Leaving Certificate Examination (including Day School Certificate (Higher) General paper), 1929
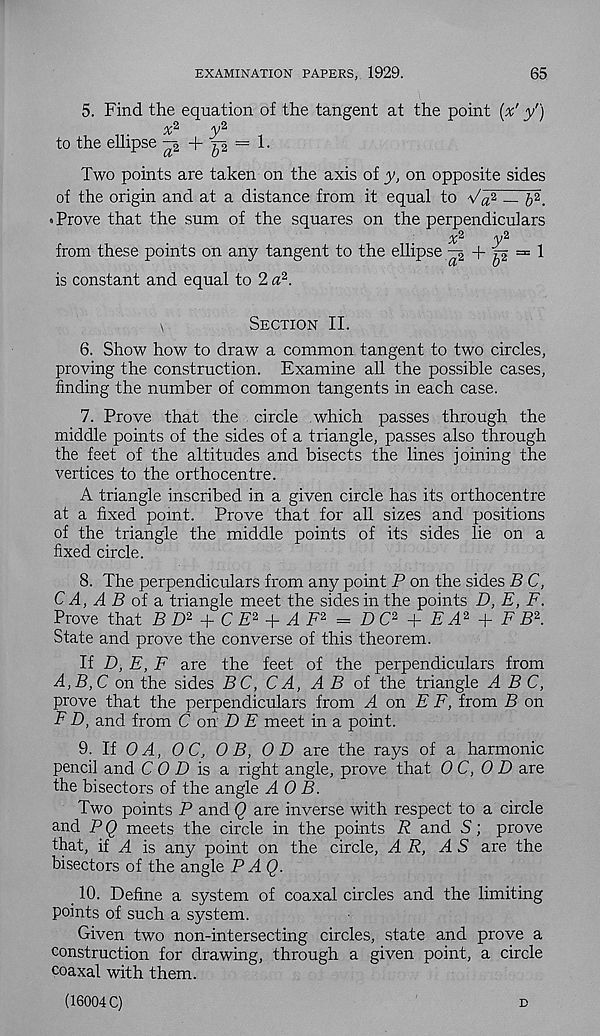
EXAMINATION PAPERS, 1929.
65
5. Find the equation of the tangent at the point [x' y')
to the ellipse " 2 + p = 1 •
Two points are taken on the axis of y, on opposite sides
of the origin and at a distance from it equal to
— 5T
• Prove that the sum of the squares on the perpendiculars
x 2,
y 2
from these points on any tangent to the ellipse ^
^ = 1
is constant and equal to 2 a 2 .
\
Section II.
6. Show how to draw a common tangent to two circles,
proving the construction. Examine all the possible cases,
finding the number of common tangents in each case.
7. Prove that the circle which passes through the
middle points of the sides of a triangle, passes also through
the feet of the altitudes and bisects the lines joining the
vertices to the orthocentre.
A triangle inscribed in a given circle has its orthocentre
at a fixed point. Prove that for all sizes and positions
of the triangle the middle points of its sides lie on a
fixed circle.
8. The perpendiculars from any point P on the sides B C,
C A, A B oi a. triangle meet the sides in the points D, E, F.
Prove that B D 2 + C E 2 + A F 2 = D C 2 + E A 2 + F B 2 .
State and prove the converse of this theorem.
If D, E, F are the feet of the perpendiculars from
A,B,C on the sides BC, CA, A B of the triangle ABC,
prove that the perpendiculars from A on E F, from B on
F D, and from C on D E meet in a point.
9. If OA, OC, OB, OD are the rays of a harmonic
pencil and C 0 D is a right angle, prove that OC, 0 D are
the bisectors of the angle AO B.
Two points P and Q are inverse with respect to a circle
and P Q meets the circle in the points R and S; prove
that, if A is any point on the circle, A R, AS are the
bisectors of the angle FAQ.
10. Define a system of coaxal circles and the limiting
points of such a system.
Given two non-intersecting circles, state and prove a
construction for drawing, through a given point, a circle
coaxal with them.
(16004 C)
d